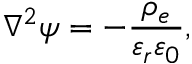
\nabla ^ { 2 } \psi = - \frac { \rho _ { e } } { \varepsilon _ { r } \varepsilon _ { 0 } } ,